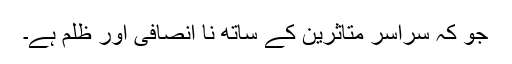
جو کہ سراسر متاثرین کے ساتھ نا انصافی اور ظلم ہے۔